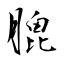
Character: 膍